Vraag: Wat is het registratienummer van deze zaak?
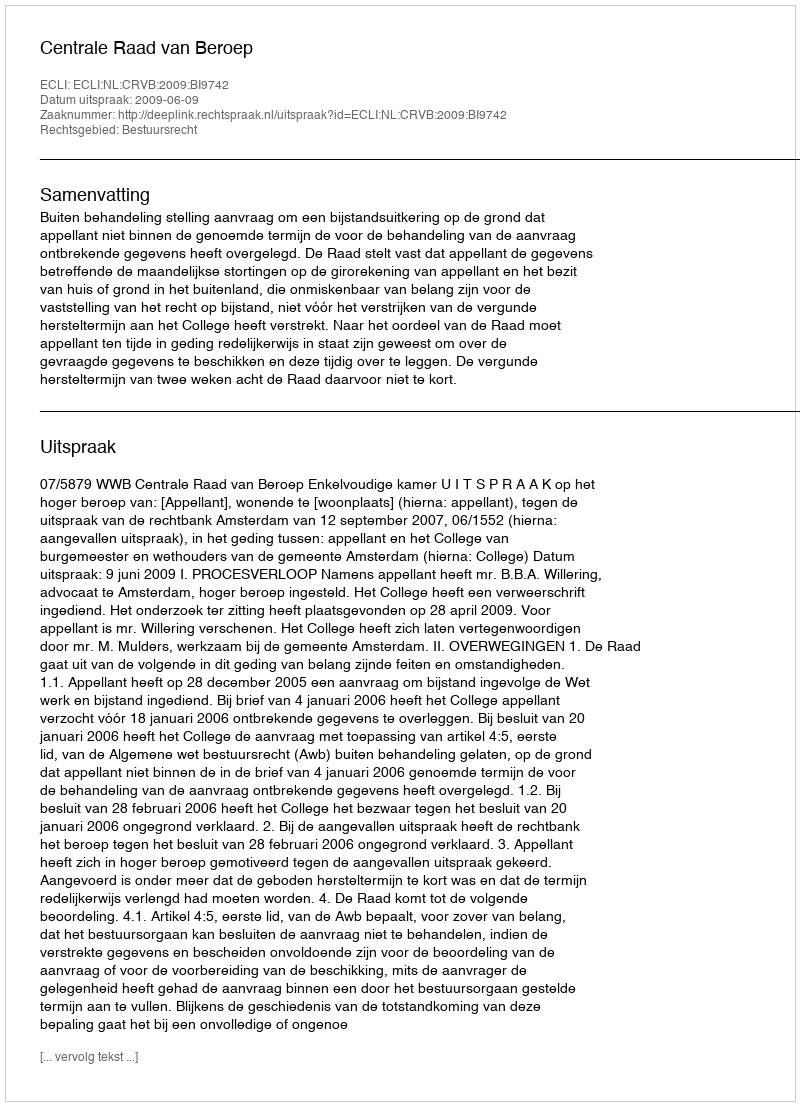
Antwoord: http://deeplink.rechtspraak.nl/uitspraak?id=ECLI:NL:CRVB:2009:BI9742